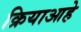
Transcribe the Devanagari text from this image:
क्रियाआहे